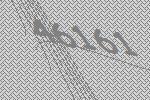
46161